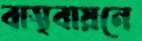
বাস্থবায়নে